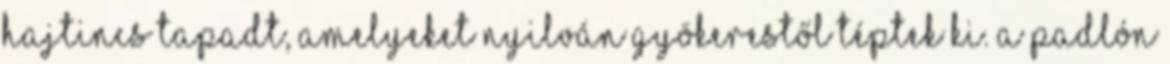
hajtincs tapadt, amelyeket nyilván gyökerestől téptek ki. A padlón